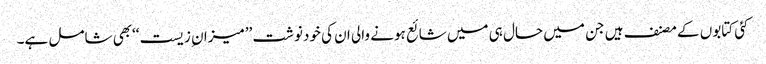
کئی کتابوں کے مصنف ہیں جن میں حال ہی میں شائع ہونے والی ان کی خودنوشت ’’میزان ِزیست‘‘بھی شامل ہے۔